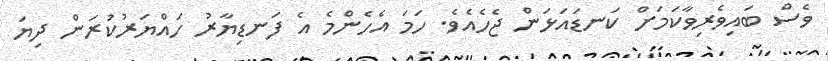
ވެސް ބައިވެރިވާކަމަށް ކަނޑައަޅަން ޖެހެއެވެ. ހަމަ އެހެންމެ އެ ފަނޑިޔާރު ހައްޔަރުކުރަން ދިޔަ